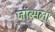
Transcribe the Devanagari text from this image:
जॉब्सला